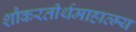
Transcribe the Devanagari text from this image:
शौकरतीर्थमाहात्म्य